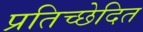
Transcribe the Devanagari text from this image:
प्रतिच्छेदित